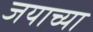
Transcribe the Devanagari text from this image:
जयाच्या